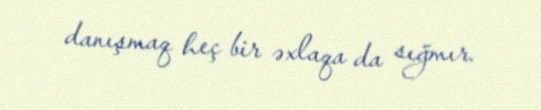
danışmaq heç bir əxlaqa da sığmır.